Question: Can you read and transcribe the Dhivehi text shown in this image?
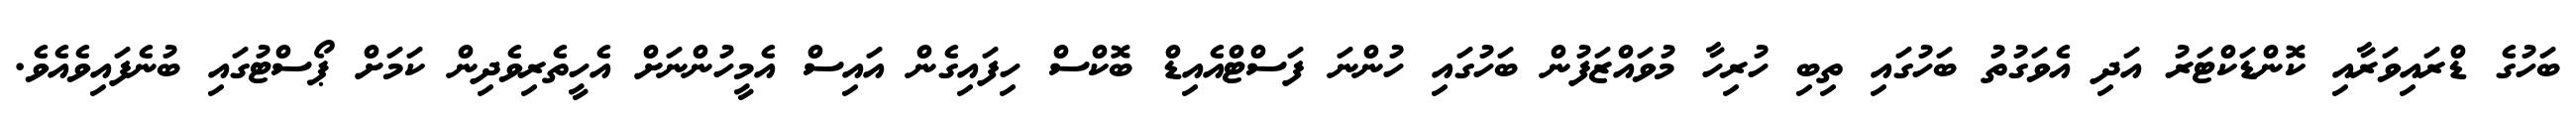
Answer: ބަހުގެ ޑްރައިވަރާއި ކޮންޑަކްޓަރު އަދި އެވަގުތު ބަހުގައި ތިބި ހުރިހާ މުވައްޒަފުން ބަހުގައި ހުންނަ ފަސްޓްއެއިޑް ބޮކްސް ހިފައިގެން އައިސް އެމީހުންނަށް އެހީތެރިވެދިން ކަމަށް ޕޯސްޓުގައި ބުނެފައިވެއެވެ.